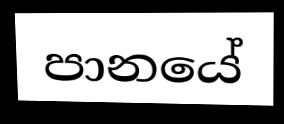
පානයේ